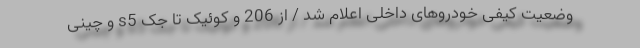
وضعیت کیفی خودروهای داخلی اعلام شد / از 206 و کوئیک تا جک s5 و چینی